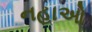
નહાઓ